Sketch of the medical history of the native army of Bombay, for the year
Year: 1875
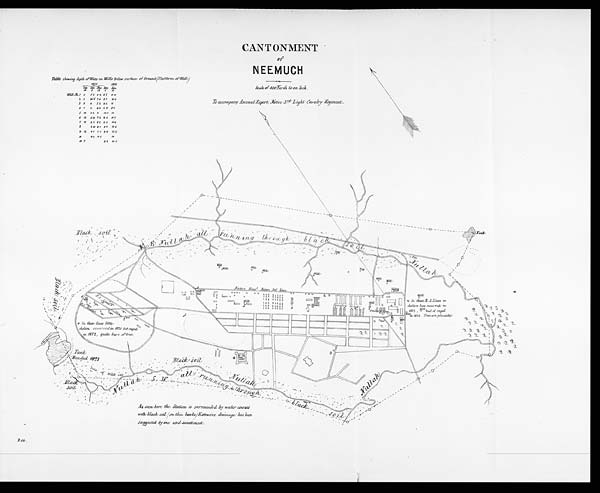
CANTONMENT
of
NEEMUCH
S c a l e o f 4 0 0 Y a r d s t o a n I n c h .
To accompany Annual Report, Native 3rd Light Cavalry Regiment.
Table showing depth of Water in Wells below surface of Ground (Platform of Well)
1875
1876
Sep. Oct. Nov. Dec. Jan.
14 5 13 1 10
W e l l N o . 1 4 46 92 83 9.10
2 6 94 9 7.6 8.7 10.6
3 8 6 7.2 8.2 11
4 7 4 6.2 6 10 9-3
5 14 6.2 9 10 4 14
6 13 5 10 7.2 8-6 11-7
7 11 6.2 8 2 8-3 11-6
8 3. 10 8-1 9.6 15-6
9 12 4.5 1-1 8-9 13-3
1 0 9-3 14.5 20
1 1 7
8.9 10-3
As seen here the Station is surrounded by water courses
with black soil (on thin banks) Extensive drainage has been
suggested by me and sanctioned.